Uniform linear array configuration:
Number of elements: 4
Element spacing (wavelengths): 1
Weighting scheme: hann
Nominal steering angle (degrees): -45
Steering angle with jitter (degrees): -45.322
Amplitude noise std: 0.05
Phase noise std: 0.05

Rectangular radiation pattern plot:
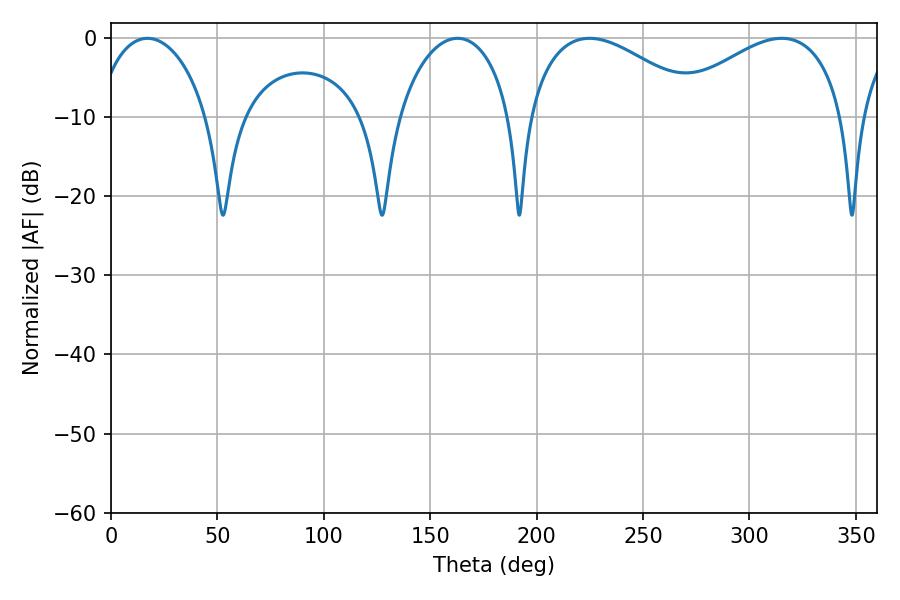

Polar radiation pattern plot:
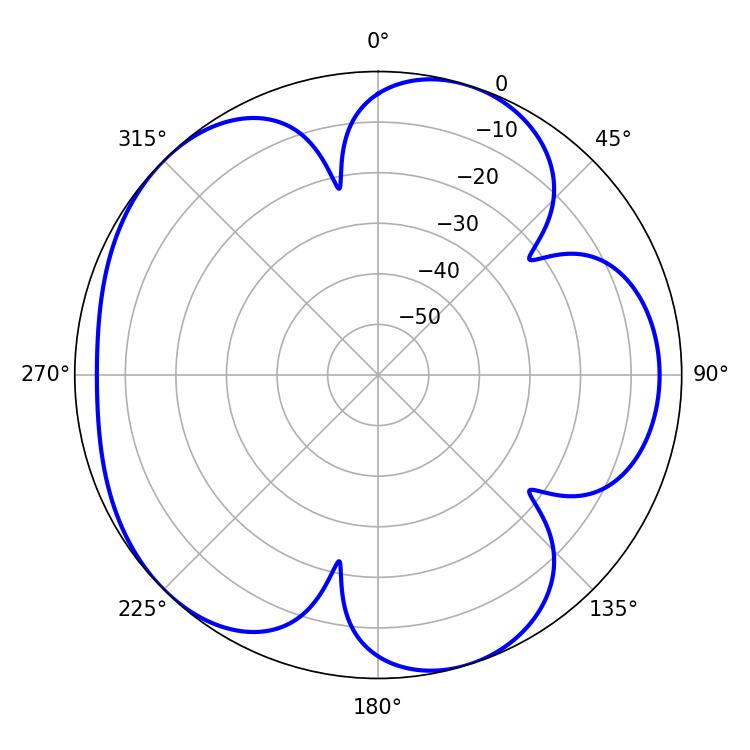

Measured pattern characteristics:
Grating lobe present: TRUE
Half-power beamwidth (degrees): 45.72
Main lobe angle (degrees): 315.18